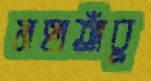
মহাতাঁবু